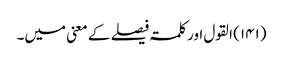
(۱۴۱)	القول اور کلمۃ فیصلے کے معنی میں۔